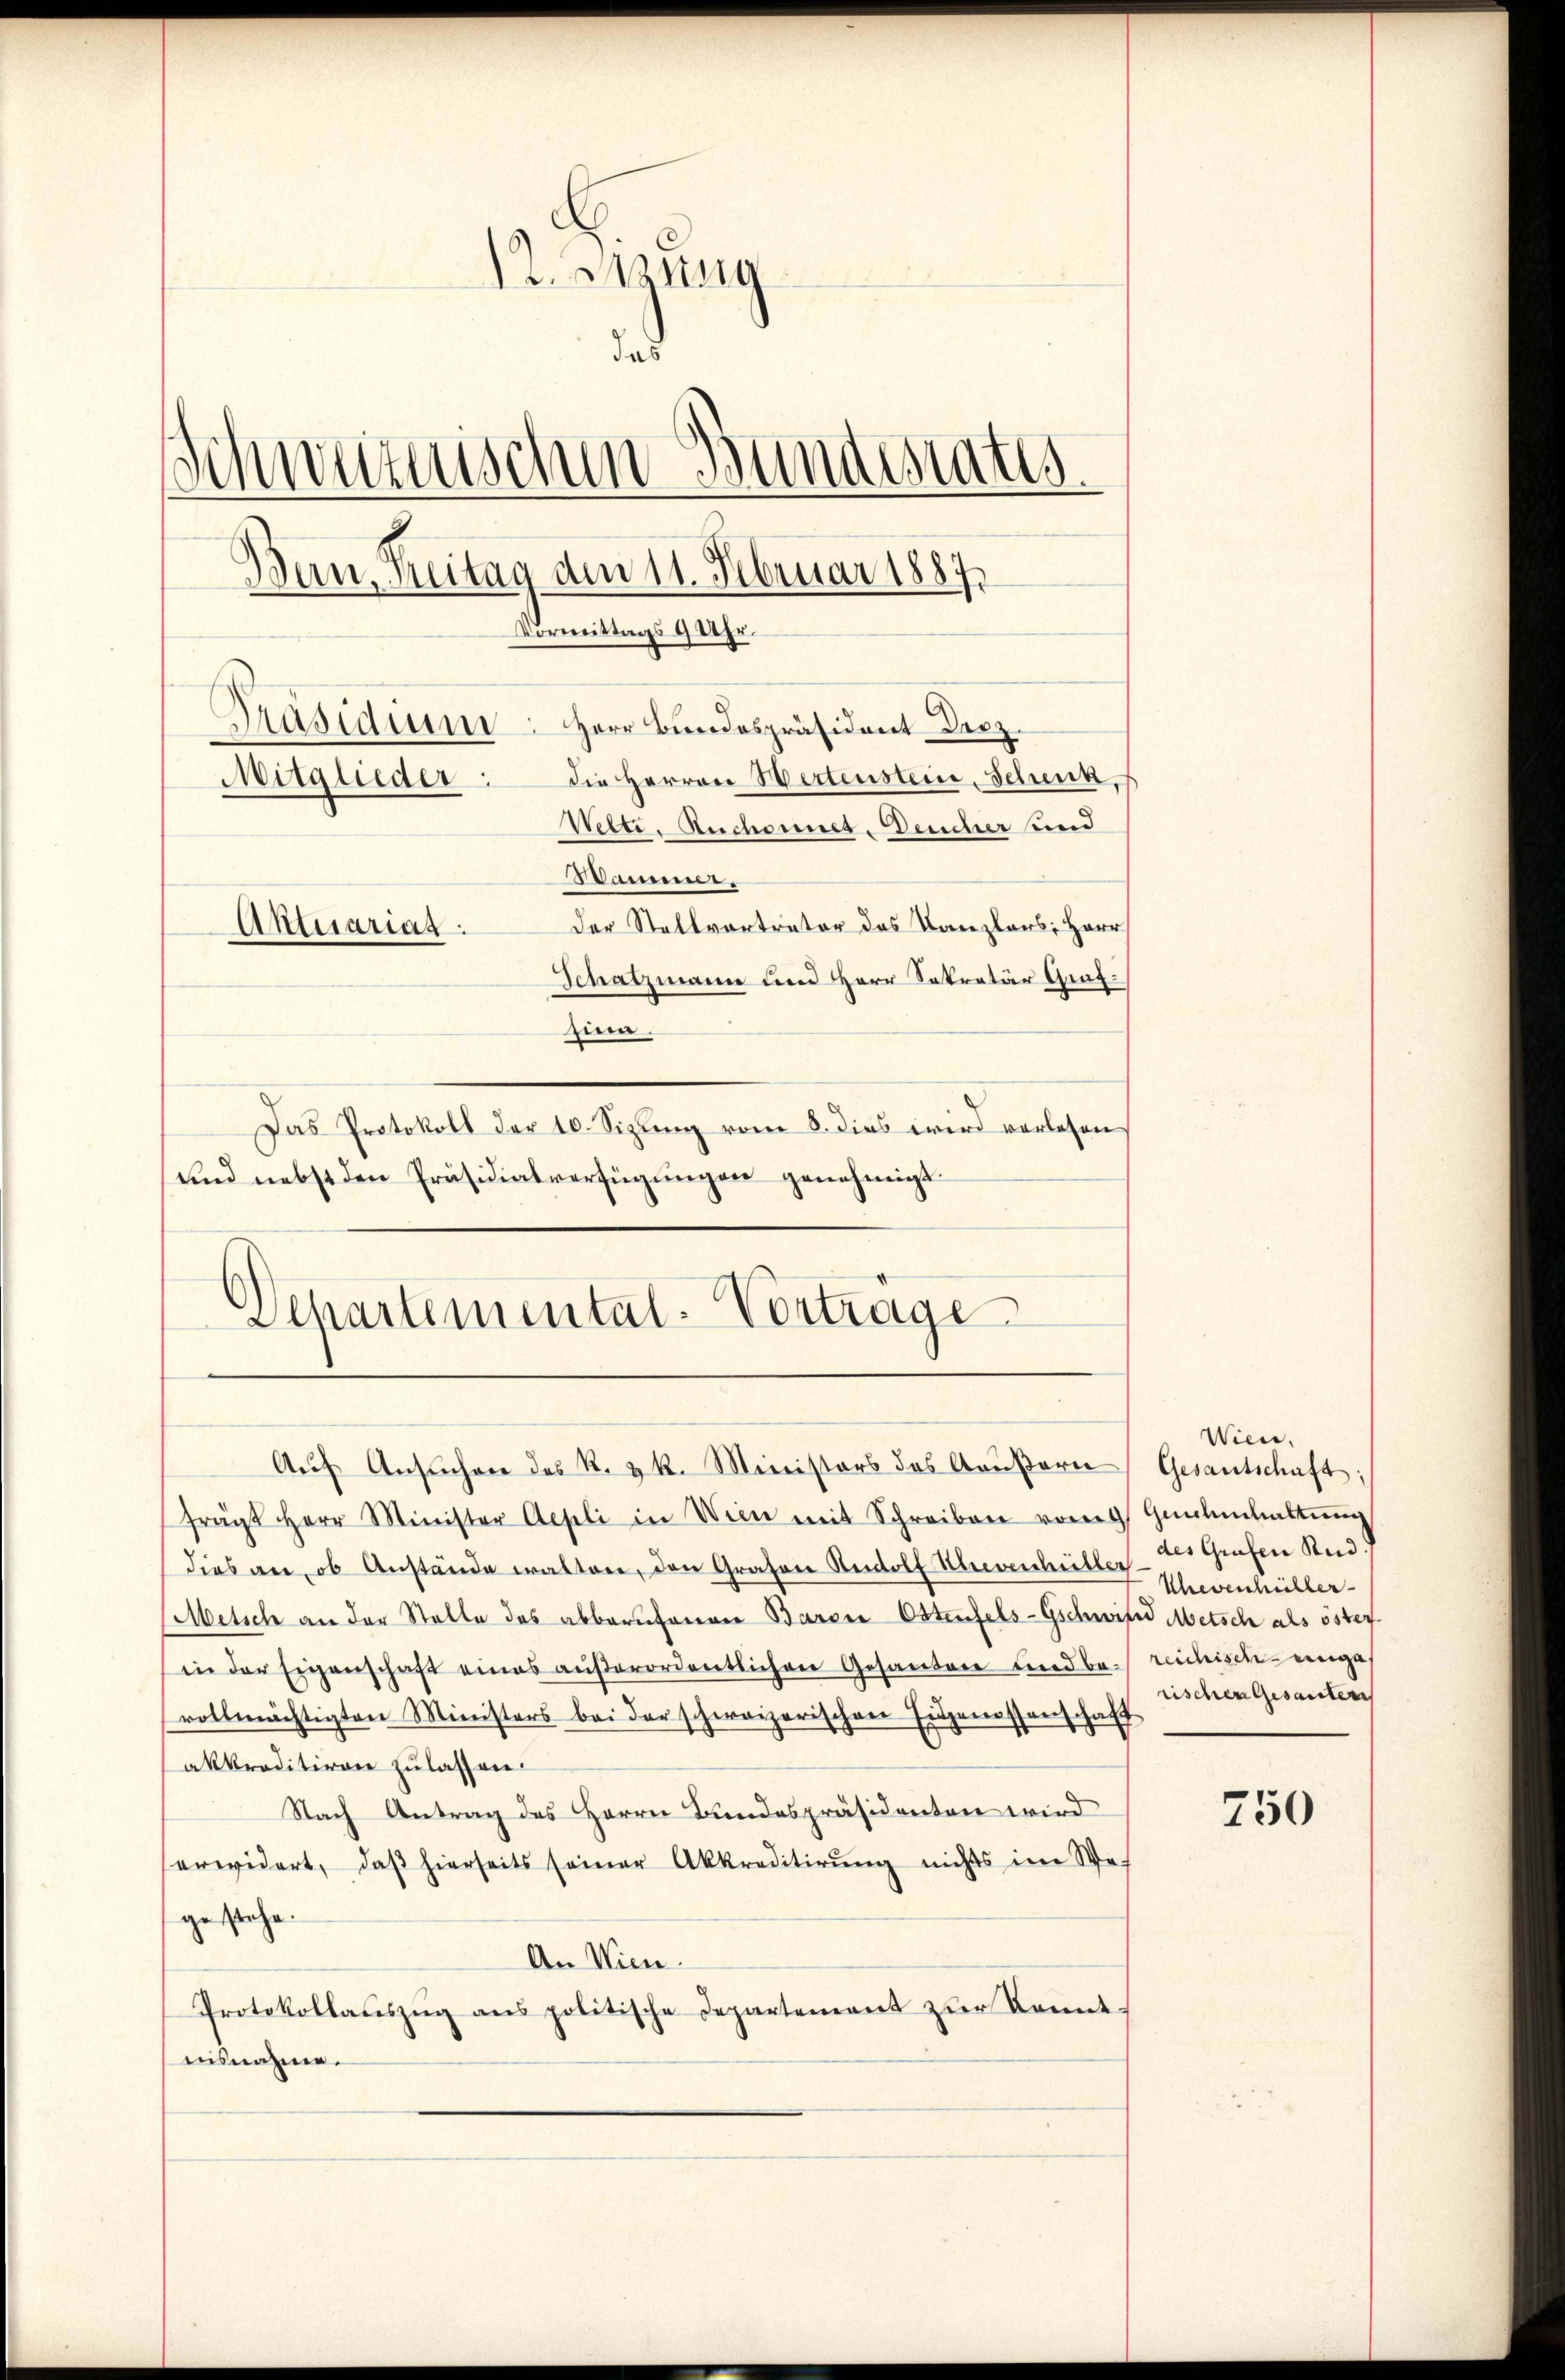
12. Sitzung
das
Schweizerischen Bundesrates.
Bern. Reitag dem 11. Februar 1887.
Vormittags 9 Uhr.
Präsidium. Herr Bundespräsident Derz.
Mitglieder: die Herren Wertenstein, Schenk,
Nette. Rechannes-Deucher und
Stammer,
Der Stellvortreter das Kanzlers Herr
Aktuariag
Schatzmann und Herr Sekretär Graf.
zin.

Das Protokoll der 10. Sizung vom 8. dies wird verlesen
(und nebst den Präsidialverfügŭngen genehmigt.
Departemental-Vortrage

frägt Herr Minister Aepli in Wien mit Schreiben vom Gelehaltŭng
dies an, ob Anstände walten, den Grafen Rudolf Scheverhielte Eheverhüller
Metsch an der Stelle des abberufenen Baron Ostenfels-Gschwird Metsch als öster
in der Eigenschaft eines aŭβerordentlichen Gesanden und bereichisch einge,
vollmächtigten Ministers bei der schweizerischen Erdgenossenschaft
akkreditiren zulassen.
Nach Antrag des Herrn Bundespräsidenten wird
erwidert, daβ hierseits seiner Akkreditirŭng nichts im We-
gestehe.
An Wien.
Protokollaŭszŭg ans politische Departement zur kannt
isnahme.

Auf Ansuchere des k. k. Ministors des Aeußern

Wien.
Gesantschaft:
des Grafen Rud.
rischen Gesanten

750